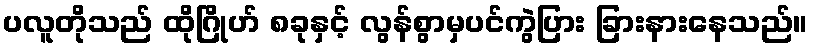
ပလူတိုသည် ထိုဂြိုဟ် ၈ခုနှင့် လွန်စွာမှပင်ကွဲပြား ခြားနားနေသည်။